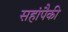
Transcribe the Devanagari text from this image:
सहांपैकी